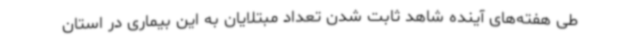
طی هفته‌های آینده شاهد ثابت شدن تعداد مبتلایان به این بیماری در استان